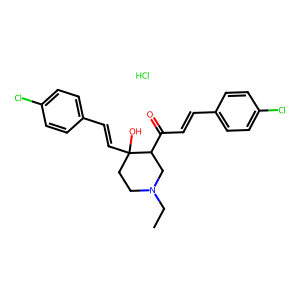
SMILES: CCN1CCC(O)(C=Cc2ccc(Cl)cc2)C(C(=O)C=Cc2ccc(Cl)cc2)C1.Cl
Inhibits HIV replication: No